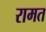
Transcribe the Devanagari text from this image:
रामत